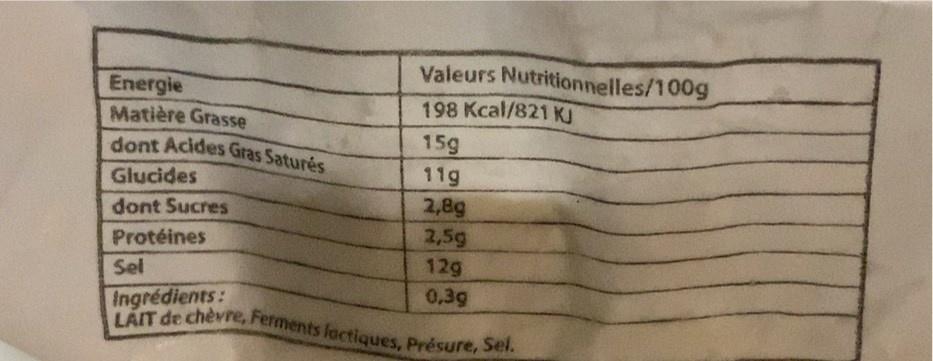
Valeurs Nutritionnelles/100g
Energie Matière Grasse dont Acides Gras Saturés
198 Kcal/821 KJ
15g
Glucides
11g
2,8g 2,5g 12g 0,39 LAIT de chèvre, Ferments lactiques, Présure, Sel.
dont Sucres
Protéines
Sel
Ingrédients: